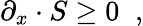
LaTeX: \partial_{x}\cdot S\geq 0\; \; ,